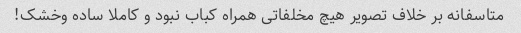
متاسفانه بر خلاف تصویر هیچ مخلفاتی همراه کباب نبود و کاملا ساده و‌خشک!